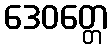
ဒေဝတ္တေ